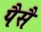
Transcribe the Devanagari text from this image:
पैसै